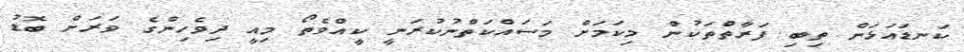
ކަނޑައަޅަން ތިބި ފަރާތްތަކުން މިކަމަށް މަސައްކަތްނުކުރަނީ ކީއްވެތޯ މިއީ ދިވެހިންގެ ވަރަށް ބޮޑު